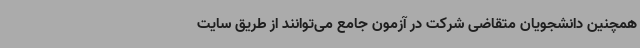
همچنین دانشجویان متقاضی شرکت در آزمون جامع می‌توانند از طریق سایت